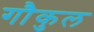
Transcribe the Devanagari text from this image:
गौकुल